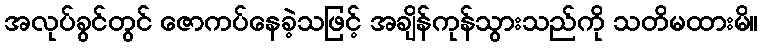
အလုပ်ခွင်တွင် ဇောကပ်နေခဲ့သဖြင့် အချိန်ကုန်သွားသည်ကို သတိမထားမိ။